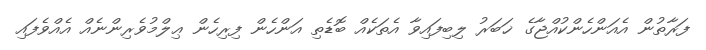
ފަރާތުން އެއަންހެންކުއްޖާގެ ޚަބަރު ލިބިފައިވާ އެތަކެއް ބޮޑެތި އަންހެން ފިރިހެން ޢިލްމުވެރިންނެއް އެއްވެފައި